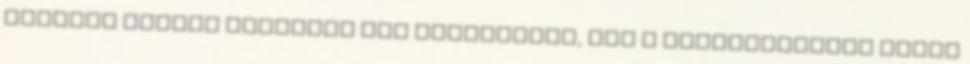
illetve elvált legalább egy gyermekkel, aki a háztartásában lakik